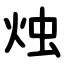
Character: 烛